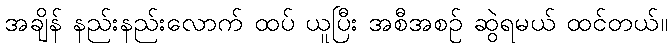
အချိန် နည်းနည်းလောက် ထပ် ယူပြီး အစီအစဉ် ဆွဲရမယ် ထင်တယ်။